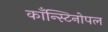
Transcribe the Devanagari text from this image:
काँन्स्टिनोपल